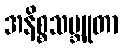
အနိစ္စသမ္ဘူတာ